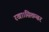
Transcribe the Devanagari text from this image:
रखा।सितम्बर